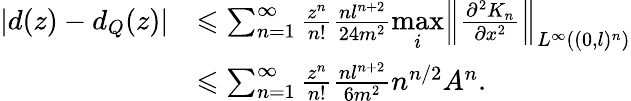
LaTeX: \begin{array}{rl}{\left|d(z)-d_{Q}(z)\right|}&{\leqslant\sum_{n=1}^{\infty}\frac{z^{n}}{n!}\frac{nl^{n+2}}{24m^{2}}\underset{i}{\mathrm{max}}\left\| \frac{\partial^{2}K_{n}}{\partial x^{2}}\right\| _{L^{\infty}((0,l)^{n})}}\\ &{\leqslant\sum_{n=1}^{\infty}\frac{z^{n}}{n!}\frac{nl^{n+2}}{6m^{2}}n^{n/2}A^{n}.}\end{array}